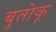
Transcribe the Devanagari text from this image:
बुतोकू